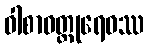
ဝါစာဝတ္ထုရေဝဿ